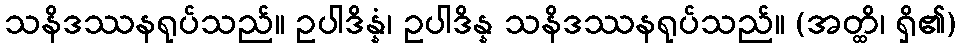
သနိဒဿနရုပ်သည်။ ဥပါဒိန္နံ၊ ဥပါဒိန္န သနိဒဿနရုပ်သည်။ (အတ္ထိ၊ ရှိ၏)